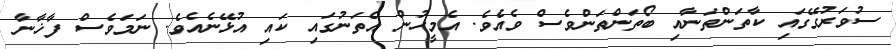
ސުވަރުގޭގައި ކާތަންތަނާއި ބޯތަންތަންވެސް ވެއެވެ. އެމީހުން އެތަނުގައި ކައި އުޅޭނެއެވެ. ނަމަވެސް ފާޚާނާ